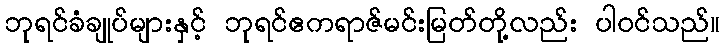
ဘုရင်ခံချုပ်များနှင့် ဘုရင်ဧကရာဇ်မင်းမြတ်တို့လည်း ပါဝင်သည်။